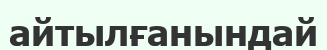
айтылғанындай